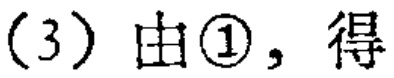
(3) 由\textcircled{1}，得